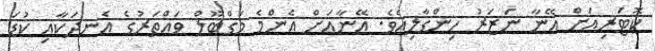
ކޮޓަރިއަށް އޭނާ ނަޒަރު ހިންގާލިއެވެ. އޭނާއަށް އެންމެ މަގްބޫލް ވައްތަރުގެ އެނދަކާއި ކުޑަ